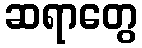
ဆရာတွေ